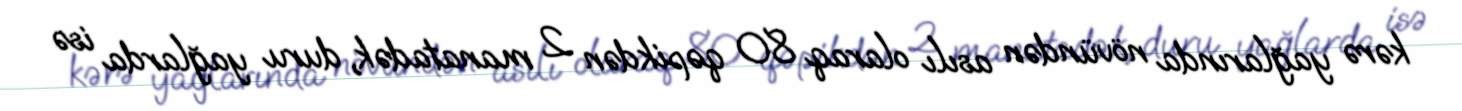
kərə yağlarında növündən asılı olaraq 80 qəpikdən 2 manatadək, duru yağlarda isə